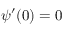
\psi ^ { \prime } ( 0 ) = 0